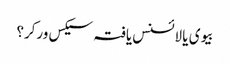
بیوی یا لائسنس یافتہ سیکس ورکر؟